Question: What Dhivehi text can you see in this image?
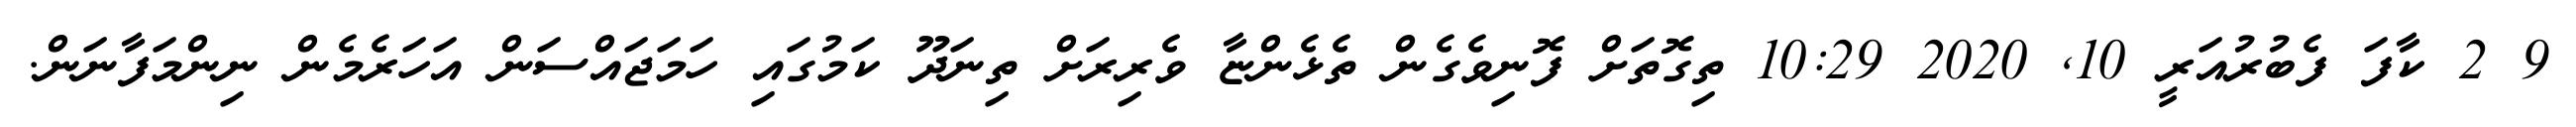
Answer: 9 2 ކާފަ ފެބުރުއަރީ 10, 2020 10:29 ތިގޮތަށް ފޮނިވެގެން ތެޅެންޏާ ވެރިރަށް ތިނަދޫ ކަމުގައި ހަމަޖައްސަން އަހަރެމެން ނިންމަފާނަން.